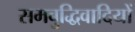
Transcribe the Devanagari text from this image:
समबुद्धिवादियों